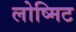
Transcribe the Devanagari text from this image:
लोष्मिट